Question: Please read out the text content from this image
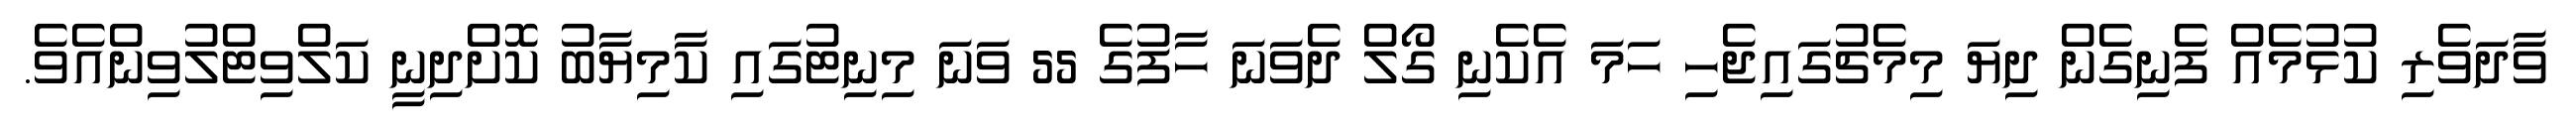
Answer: ވާދަވެރި ކުޅުމެއް ފެނިގެން ދިޔަ މިމެޗުގައިޖެހި ހަމަ އެކެނި ގޯލް ދެވަނަ ހާފުގެ 55 ވަނަ މިނިޓުގައި ކާމިޔާބު ކޮށްދިނީ ކަލްވިޓްލުވިންއެވެ.